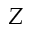
Z